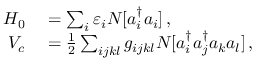
\begin{array} { r l } { H _ { 0 } } & { { } = \sum _ { i } \varepsilon _ { i } N [ a _ { i } ^ { \dagger } a _ { i } ] \, , } \\ { V _ { c } } & { { } = \frac 1 2 \sum _ { i j k l } g _ { i j k l } N [ a _ { i } ^ { \dagger } a _ { j } ^ { \dagger } a _ { k } a _ { l } ] \, , } \end{array}